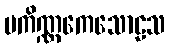
ပကိဏ္ဏကေသောဠသ